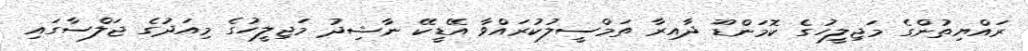
ރައްޔިތުންގެ މަޖިލީހުގެ ކޮމަންޑޫ ދާއިރާ ތަމްސީލުކުރައްވާ އޭޑީކޭ ނާޝިދު މަޖިލީހުގެ މިއަދުގެ ޖަލްސާގައި